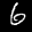
Label: 6